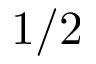
1 / 2